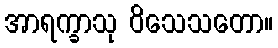
အာရက္ခာသု ဝိသေသတော။